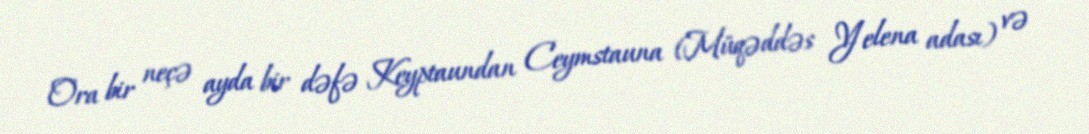
Ora bir neçə ayda bir dəfə Keyptaundan Ceymstauna (Müqəddəs Yelena adası) və